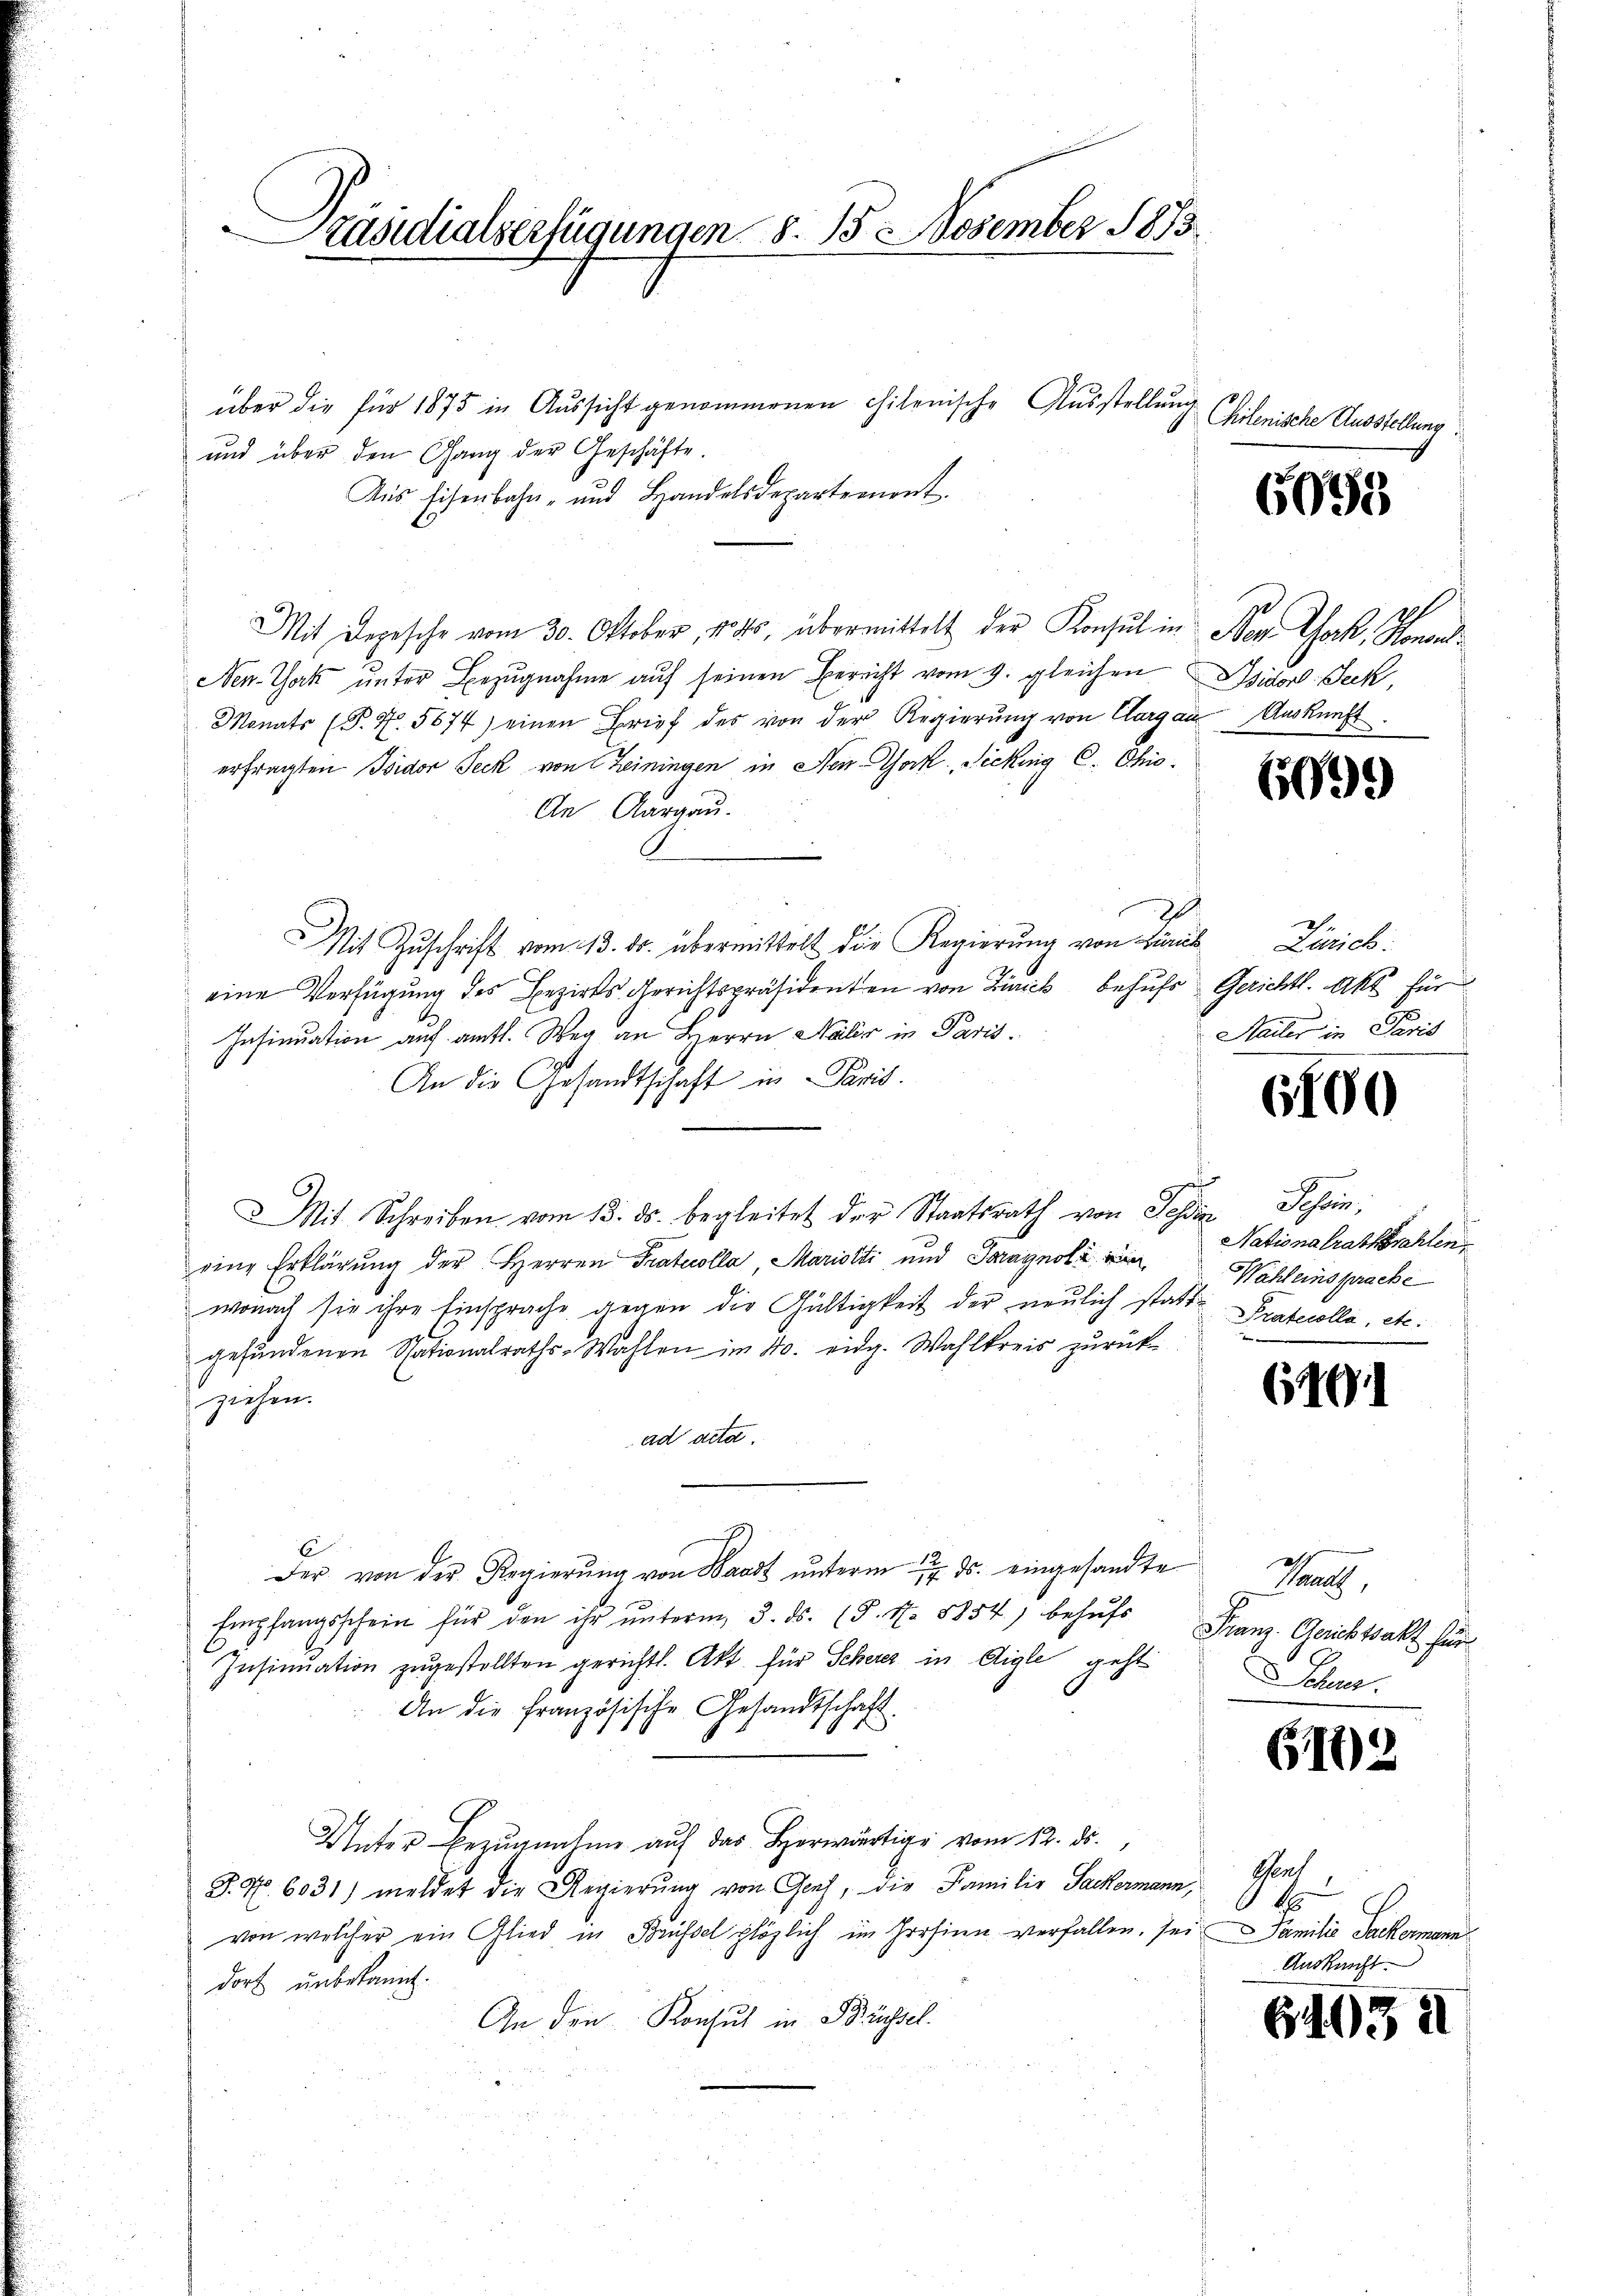
Präsidialserfügungen 8. 13 November 1883

über die für 1875 in Aussicht genommenen chilenische Ausstellung
und über den Gang der Geschäfte.
Aus Eisenbahn- und Handelsdepartemont.
Mit Depesche vom 30. Oktober, 100, übermittelt der Konsul in Neu Jak. Honon¬
New-York unter Bezugnahme aŭf seinen Berecht vom 9. gleichen Isidor Seck,
Monats (T. 4. 5674) einen Brief des von der Regierŭng von Clargau Auskunft
erfragten Isidor Jeck von Heiningen in New-York, Sickung C. Chio¬
An Aargau.
Mit Zuschrift vom 13. ds. übermittelt die Regierung von Linie Zürich:
eine Verfügung des Bezirks-Gerichtspräsidenten von Birick behufs Gerichtl. Akt für
Insinuation auf amtl. Weg an Herrn Maler in Paris¬
An die Gesandtschaft in Paris.
g
Mit Schreiben vom 13. ds. begleitet der Staatsrath von Tessin Schein;
eine Erklärung der Herren Protocolla, Mariotti und Paragnoli ein
wonach sie ihre Einsprache gegen die Gültigkeit der neulich statte Protocolla, etc.
gefundenen Spationalraths-Wahlen im 40. eidg. Wahlkreis zurückziehen.
ad acta.
C
Der von der Regierŭng von Waadt ŭnterm 7. ds. eingesandte
Empfangsschein für den ihr ŭnterm 3. ds. (§. 17. 8854, behŭfs Franz. Gerichtsakt für
Insinuation zugestellten gerichtl. Akt. für Scherer in Aigle geht
An die Französische Gesandtschaft
Unter Bezŭgnahme aŭf das herwärtige vom 12. ds.,
P. Nr. 6031) meldet die Regierung von Genf, die Familie Sackermann,
von welcher ein Glied in Brüssel plözlich im Persinn verfallen, seidorf unbekannt.
An den Konsul in Büchsel.

Chilenische Ausstellung

6095

9

Meiler in Paris

6100

Nationalrattrahlen.
Wahl einsprache

640

.
Waadt,
oher

6103

Geat
88
Familie Sackermann
Auskunft.

6403 i